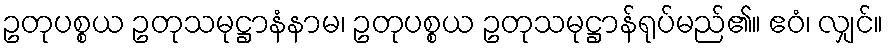
ဥတုပစ္စယ ဥတုသမုဋ္ဌာနံနာမ၊ ဥတုပစ္စယ ဥတုသမုဋ္ဌာန်ရုပ်မည်၏။ ဧဝံ၊ လျှင်။